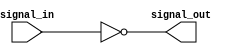
module open_drain_inverter (
    input wire signal_in,
    output wire signal_out
);

assign signal_out = ~signal_in;

endmodule